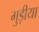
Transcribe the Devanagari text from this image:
गुड़ीया